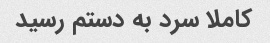
کاملا سرد به دستم رسید